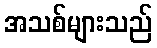
အသစ်များသည်